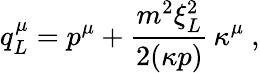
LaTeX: q_{L}^{\mu}=p^{\mu}+\frac{m^{2}\xi_{L}^{2}}{2(\kappa p)}\, \kappa^{\mu}\ ,